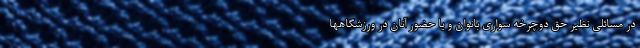
در مسائلی نظیر حق دوچرخه سواری بانوان و یا حضور آنان در ورزشگاهها